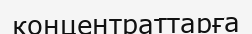
концентраттарға